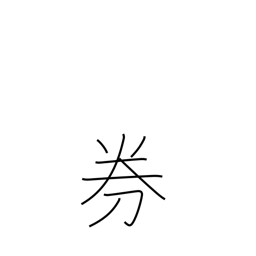
Meaning: ticket